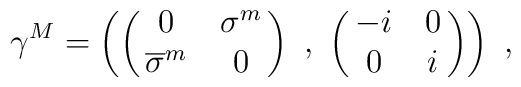
\gamma^M = \left( \pmatrix{0 & \sigma^m \cr \overline{ \sigma}^m & 0\cr}\ , \ \pmatrix{ -i & 0 \cr 0 & i} \right) \ ,